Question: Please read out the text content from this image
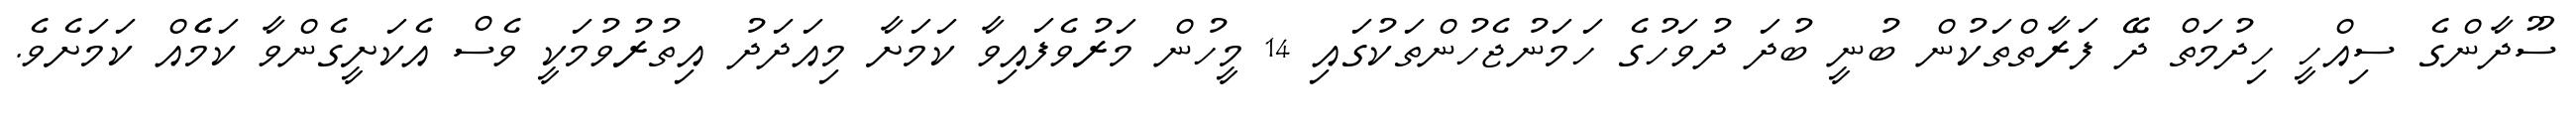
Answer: ސޫދާންގެ ސިއްހީ ހިދުމަތް ދޭ ފަރާތްތަކުން ބުނީ ބުދަ ދުވަހުގެ ހަމަނުޖެހުންތަކުގައި 14 މީހުން މަރުވެފައިވާ ކަމަށާ މިއަދަދު އިތުރުވުމަކީ ވެސް އެކަށީގެންވާ ކަމެެއް ކަމަށެވެ.